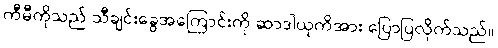
ကီမီကိုသည် သီချင်းခွေအကြောင်းကို ဆာဒါယုကိအား ပြောပြလိုက်သည်။